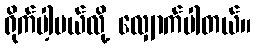
ရိုက်ပါ့မယ်လို့ လျှောက်ပါတယ်။